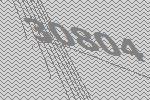
30804